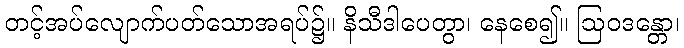
တင့်အပ်လျောက်ပတ်သောအရပ်၌။ နိသီဒါပေတွာ၊ နေစေ၍။ ဩဝဒန္တော၊